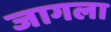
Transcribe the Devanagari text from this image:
जागला